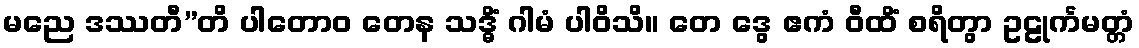
မညေ ဒဿတီ”တိ ပါတောဝ တေန သဒ္ဓိံ ဂါမံ ပါဝိသိ။ တေ ဒွေ ဧကံ ဝီထိံ စရိတွာ ဥဠုင်္ကမတ္တံ